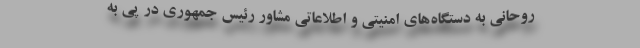
روحانی به دستگاه‌های امنیتی و اطلاعاتی مشاور رئیس جمهوری در پی به